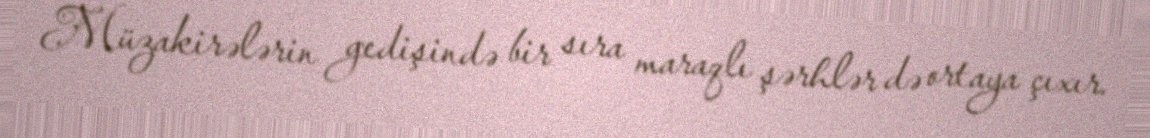
Müzakirələrin gedişində bir sıra maraqlı şərhlər də ortaya çıxır.